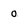
Character: 0